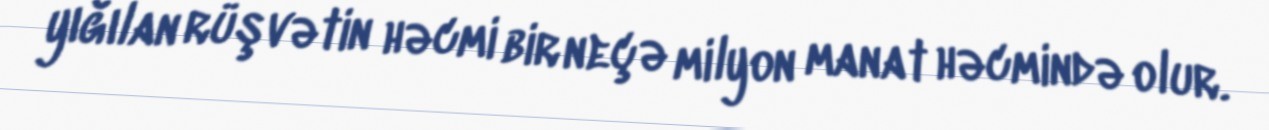
yığılan rüşvətin həcmi bir neçə milyon manat həcmində olur.